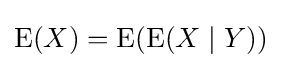
\operatorname {E} (X)=\operatorname {E} (\operatorname {E} (X\mid Y))